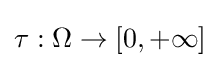
\tau :\Omega \to [0,+\infty ]